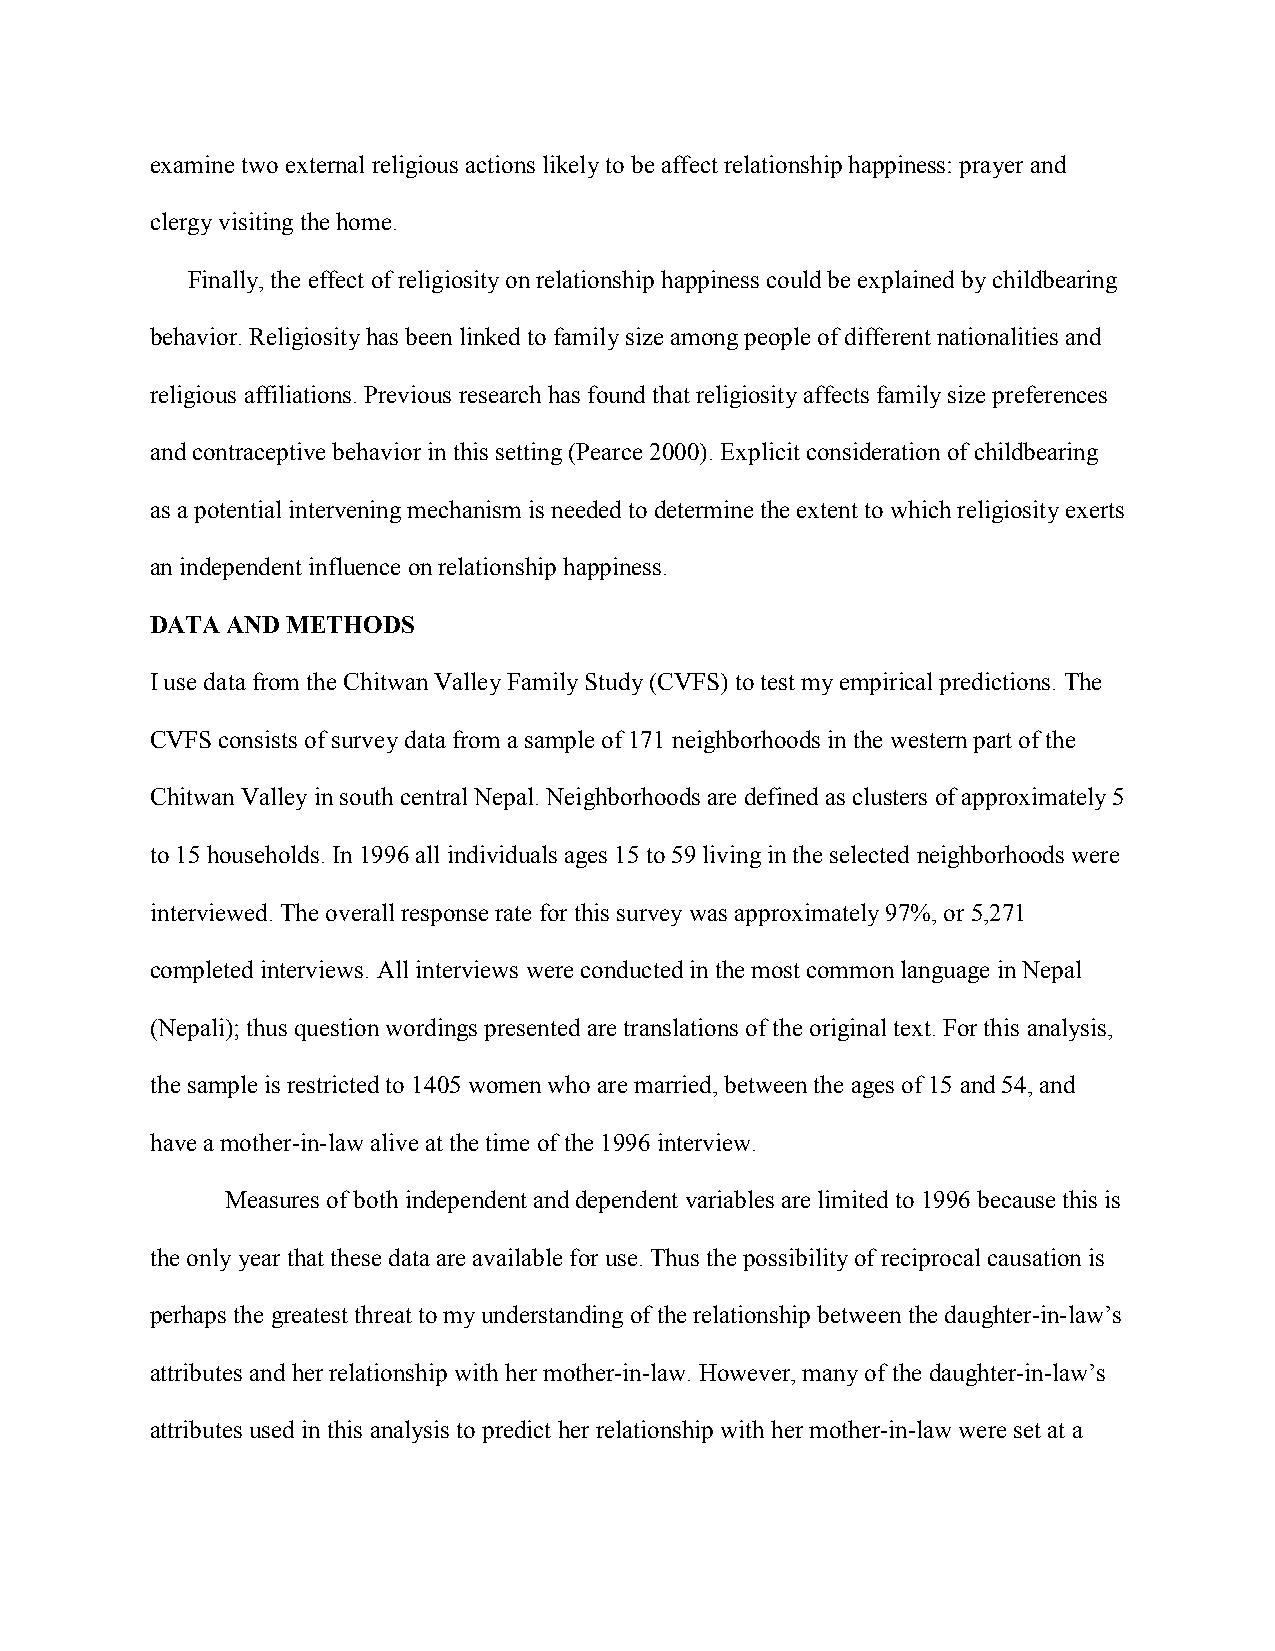
examine two external religious actions likely to be affect relationship happiness: prayer and
 clergy visiting the home.
 Finally, the effect of religiosity on relationship happiness could be explained by childbearing
 behavior. Religiosity has been linked to family size among people of different nationalities and
 religious affiliations. Previous research has found that religiosity affects family size preferences
 and contraceptive behavior in this setting (Pearce 2000). Explicit consideration of childbearing
 as a potential intervening mechanism is needed to determine the extent to which religiosity exerts
 an independent influence on relationship happiness.
 DATA AND METHODS
 I use data from the Chitwan Valley Family Study (CVFS) to test my empirical predictions. The
 CVFS consists of survey data from a sample of 171 neighborhoods in the western part of the
 Chitwan Valley in south central Nepal. Neighborhoods are defined as clusters of approximately 5
 to 15 households. In 1996 all individuals ages 15 to 59 living in the selected neighborhoods were
 interviewed. The overall response rate for this survey was approximately 97%, or 5,271
 completed interviews. All interviews were conducted in the most common language in Nepal
 (Nepali); thus question wordings presented are translations of the original text. For this analysis,
 the sample is restricted to 1405 women who are married, between the ages of 15 and 54, and
 have a mother-in-law alive at the time of the 1996 interview.
 Measures of both independent and dependent variables are limited to 1996 because this is
 the only year that these data are available for use. Thus the possibility of reciprocal causation is
 perhaps the greatest threat to my understanding of the relationship between the daughter-in-law’s
 attributes and her relationship with her mother-in-law. However, many of the daughter-in-law’s
 attributes used in this analysis to predict her relationship with her mother-in-law were set at a